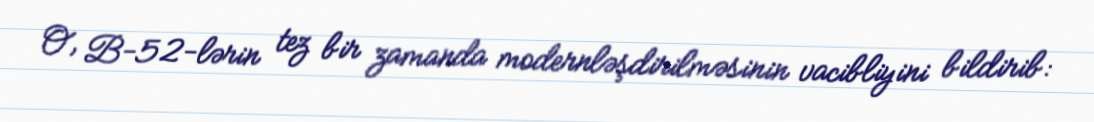
O, B-52-lərin tez bir zamanda modernləşdirilməsinin vacibliyini bildirib: